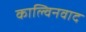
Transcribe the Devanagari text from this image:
काल्विनवाद